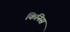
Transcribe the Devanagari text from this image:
किनिस